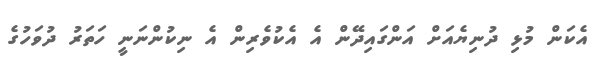
އެކަން މުޅި ދުނިޔެއަށް އަންގައިދޭން އެ އެކުވެރިން އެ ނިކުންނަނީ ހަތަރު ދުވަހުގެ